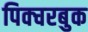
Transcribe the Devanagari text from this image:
पिक्चरबुक